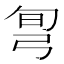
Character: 𢏔